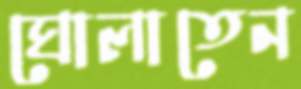
ঘোলাতেন